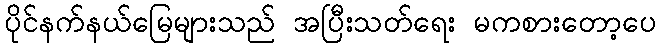
ပိုင်နက်နယ်မြေများသည် အပြီးသတ်ရေး မကစားတော့ပေ